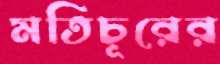
মতিচূরের